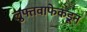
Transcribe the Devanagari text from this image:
लुफ्तवाफेकडून